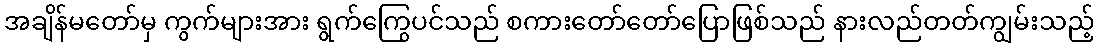
အချိန်မတော်မှ ကွက်များအား ရွက်ကြွေပင်သည် စကားတော်တော်ပြောဖြစ်သည် နားလည်တတ်ကျွမ်းသည့်